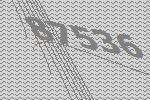
87536